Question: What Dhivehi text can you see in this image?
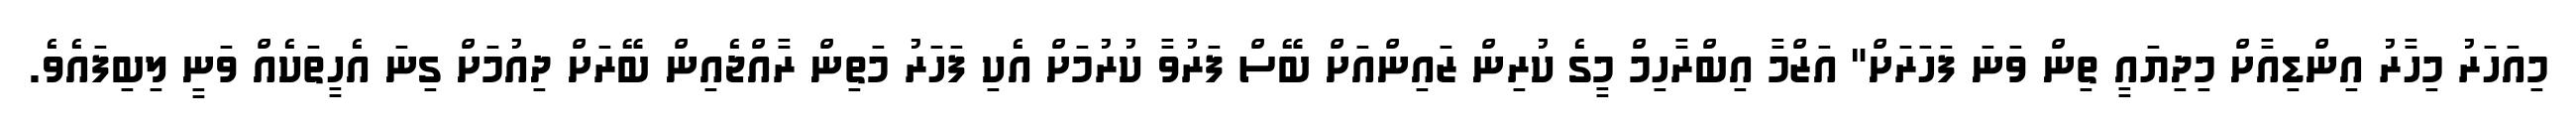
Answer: މިއަހަރު މިހާރު އިންޑިއާށް މިދިޔައީ ތިން ވަނަ ފަހަރަށް" އަޒްމާ އިބްރާހިމް މީގެ ކުރިން ޒައިންއަށް ބޭސް ފަރުވާ ކުރުމަށް އެކި ފަހަރު މަތިން ރާއްޖެއިން ބޭރަށް ދިއުމަށް ގިނަ އެހީތަކެއް ވަނީ ލިބިފައެވެ.